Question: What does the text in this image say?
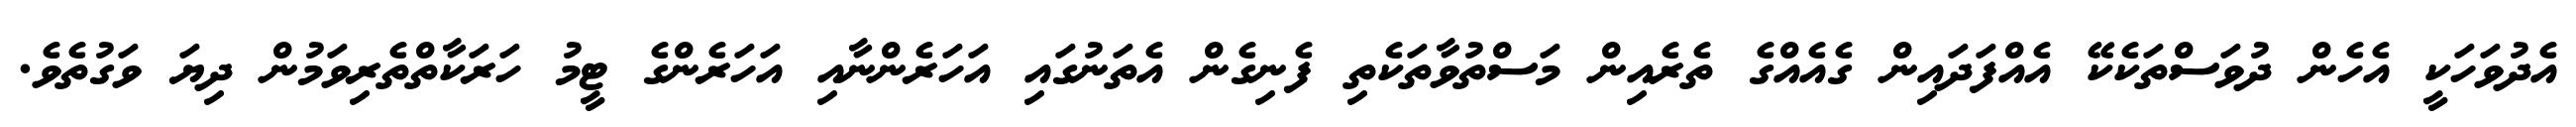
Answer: އެދުވަހަކީ އެހެން ދުވަސްތަކެކޭ އެއްފަދައިން ގެއެއްގެ ތެރެއިން މަސްތުވާތަކެތި ފެނިގެން އެތަނުގައި އަހަރެންނާއި އަހަރެންގެ ޓީމު ހަރަކާތްތެރިވަމުން ދިޔަ ވަގުތެވެ.